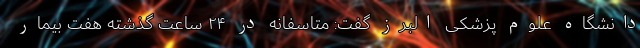
دانشگاه علوم پزشکی البرز گفت: متاسفانه در ۲۴ ساعت گذشته هفت بیمار